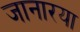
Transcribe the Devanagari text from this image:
जानारया